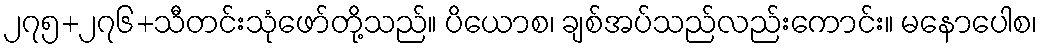
၂၇၅+၂၇၆+သီတင်းသုံဖော်တို့သည်။ ပိယောစ၊ ချစ်အပ်သည်လည်းကောင်း။ မနောပေါစ၊